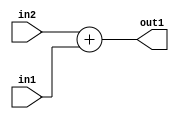
`timescale 1ps / 1ps
/*****************************************************************************
    Verilog RTL Description
    
    Generated at: 23:12:25 CST (+0800), Saturday 16 November 2019
    Generated on: ic58.cs.nthu.edu.tw
    Generated by: mc03 ()
    
    Created by: Stratus DpOpt 2017.1.02 
    Copyright (c) 2014-2015 Cadence Design Systems. All rights reserved worldwide.
    
    Cadence Design Systems proprietary and confidential
    ===================================================
    
    May contain information that incorporates Cadence Design Systems CellMath
    and other inventions claimed in Pending U.S. Patents.
    
    May contain Cadence Design Systems Trade Secrets of which use, disclosure or
    reproduction is contractually restricted or prohibited.  For more
    information, contact your legal department before any use, disclosure or
    reproduction.
*******************************************************************************/

module SobelFilter_Add_4U_5_4 (
	in2,
	in1,
	out1
	); /* architecture "behavioural" */ 
input [3:0] in2,
	in1;
output [3:0] out1;
wire [3:0] asc001;

assign asc001 = 
	+(in2)
	+(in1);

assign out1 = asc001;
endmodule

/* CADENCE  urn1Qw0= : u9/ySgnYtBlWxVDRUQkU4ug= ** DO NOT EDIT THIS LINE ******/